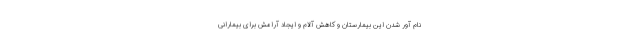
نام آور شدن این بیمارستان و کاهش آلام و ایجاد آرامش برای بیمارانی